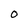
Character: O